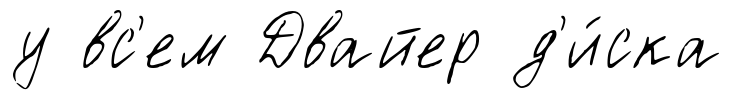
у вс'ем Двайер д'и́ска